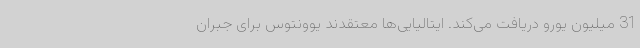
31 میلیون یورو دریافت می‌کند. ایتالیایی‌ها معتقدند یوونتوس برای جبران